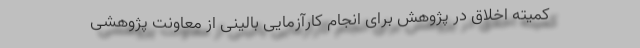
کمیته اخلاق در پژوهش برای انجام کارآزمایی بالینی از معاونت پژوهشی